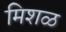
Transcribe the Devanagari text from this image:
मिशळ